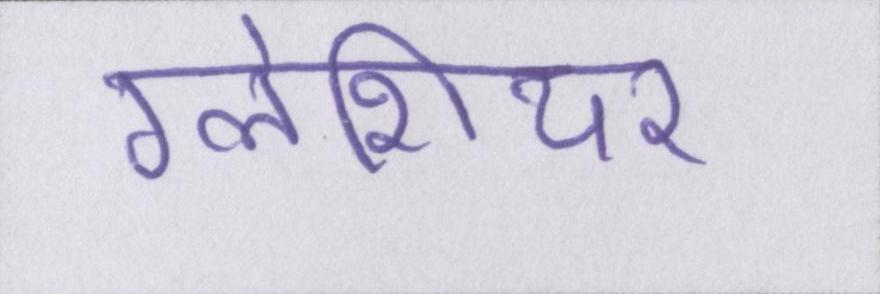
ग्लेशियर